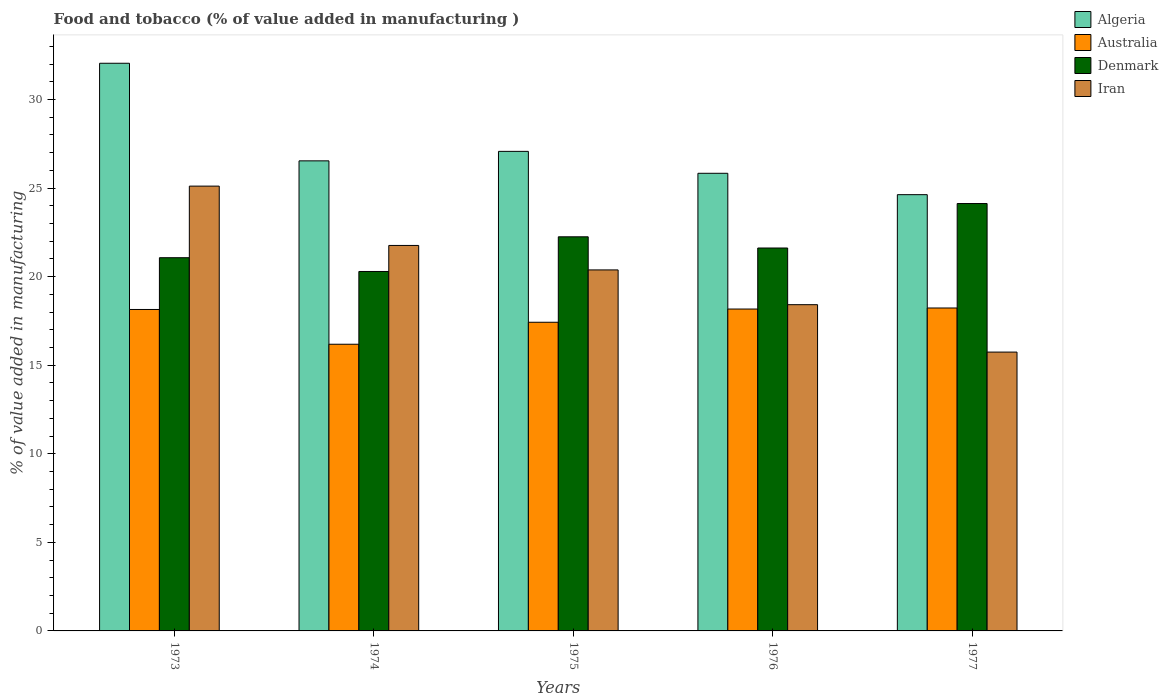
| Years | Algeria | Australia | Denmark | Iran |
 | --- | --- | --- | --- | --- |
 | 1973 | 32 | 18.1 | 21.1 | 25.1 |
 | 1974 | 26.5 | 16.2 | 20.3 | 21.8 |
 | 1975 | 27.1 | 17.4 | 22.3 | 20.4 |
 | 1976 | 25.8 | 18.2 | 21.6 | 18.4 |
 | 1977 | 24.6 | 18.2 | 24.1 | 15.7 |